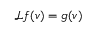
\mathcal { L } f ( v ) = g ( v )